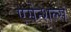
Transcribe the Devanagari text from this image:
एसेन्शल्स